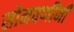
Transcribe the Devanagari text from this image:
सोनवणींनी